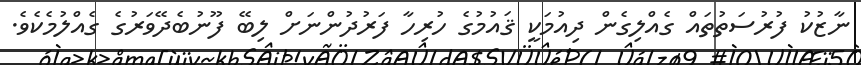
ނާޒުކު ފުރުސަތުތައް ގެއްލިގެން ދިއުމަކީ ޤައުމުގެ ހުރިހާ ފަރުދުންނަށް ލިބޭ ފޫނުބެދޭވަރުގެ ގެއްލުމެކެވެ.